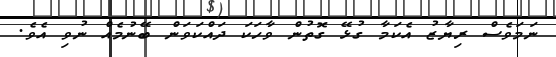
ނަމަވެސް ރިޔާޒު އެކަމާ ގުޅޭ ގޮތުން ވާހަކަ ދައްކަވަން ބޭނުމެއް ނުވި އެވެ.